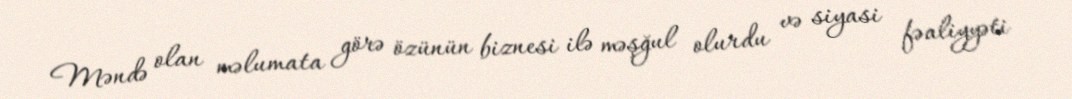
Məndə olan məlumata görə özünün biznesi ilə məşğul olurdu və siyasi fəaliyyəti